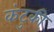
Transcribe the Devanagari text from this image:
कंटुकी